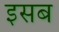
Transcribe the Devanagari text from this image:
इसब